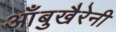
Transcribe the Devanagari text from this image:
आँबुखैरेनी